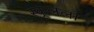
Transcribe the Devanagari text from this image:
स्कूलला